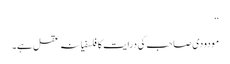
‘‘
مودودی صاحب کی درایت کا فلسفیانہ عقل ہے۔